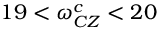
1 9 < \omega _ { C Z } ^ { c } < 2 0